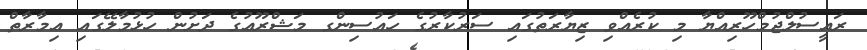
ރައީސުލްޖުމްހޫރިއްޔާ މި ކުރެއްވި ޒިޔާރަތުގައި ސަރުކާރުގެ ހައުސިންގ މަޝްރޫޢުގެ ދަށުން ހުޅުމާލޭގައި ޢިމާރާތް